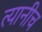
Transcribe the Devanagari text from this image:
त्यानीच